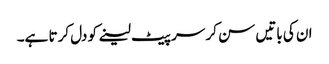
ان کی باتیں سن کر سر پیٹ لینے کو دل کرتا ہے۔